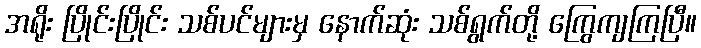
အရိုး ပြိုင်းပြိုင်း သစ်ပင်များမှ နောက်ဆုံး သစ်ရွက်တို့ ကြွေကျကြပြီ။